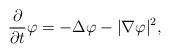
LaTeX: \begin{align*}\frac{\partial}{\partial t}\varphi=-\Delta\varphi-|\nabla\varphi|^2,\end{align*}